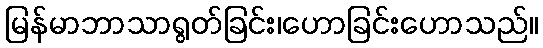
မြန်မာဘာသာရွတ်ခြင်း၊ဟောခြင်းဟောသည်။